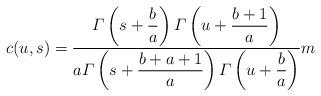
LaTeX: \begin{align*} c(u,s)=\frac{\varGamma\left(s+\displaystyle{\frac{b}{a}}\right)\varGamma\left(u+\displaystyle{\frac{b+1}{a}}\right)}{a\varGamma\left(s+\displaystyle{\frac{b+a+1}{a}}\right)\varGamma\left(u+\displaystyle{\frac{b}{a}}\right)}m\end{align*}